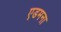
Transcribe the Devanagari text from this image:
एडमना